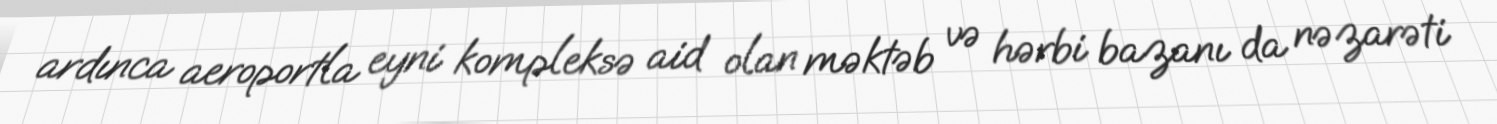
ardınca aeroportla eyni kompleksə aid olan məktəb və hərbi bazanı da nəzarəti